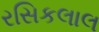
રસિકલાલ